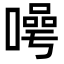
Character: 𭊯